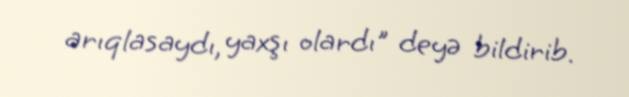
arıqlasaydı, yaxşı olardı" deyə bildirib.